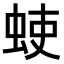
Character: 𫊳